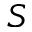
S